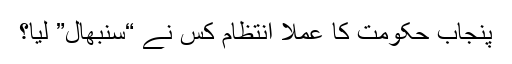
پنجاب حکومت کا عملاً انتظام کس نے “سنبھال” لیا؟